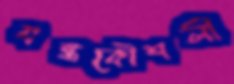
যন্ত্রকৌশলী